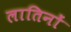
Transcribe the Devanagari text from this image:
लातिनों